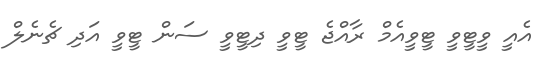
އެއީ ވީޓީވީ ޓީވީއެމް ރާއްޖެ ޓީވީ ދިޓީވީ ސަން ޓީވީ އަދި ޗެނެލް